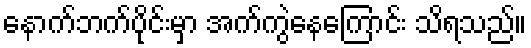
နောက်ဘက်ပိုင်းမှာ အက်ကွဲနေကြောင်း သိရသည်။